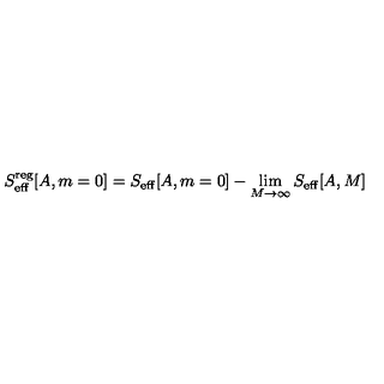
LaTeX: S _ { \mathrm { e f f } } ^ { \mathrm { r e g } } [ A , m = 0 ] = S _ { \mathrm { e f f } } [ A , m = 0 ] - \lim _ { M \to \infty } S _ { \mathrm { e f f } } [ A , M ]